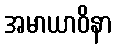
အမာယာဝိနာ